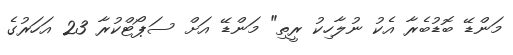
މަންޑޭ ބޮޑުބެރާ އެކު ނުލާހިކު ރީތި" މަންޑޭ އަށް ސަޕޯޓްކުރާ 23 އަހަރުގެ